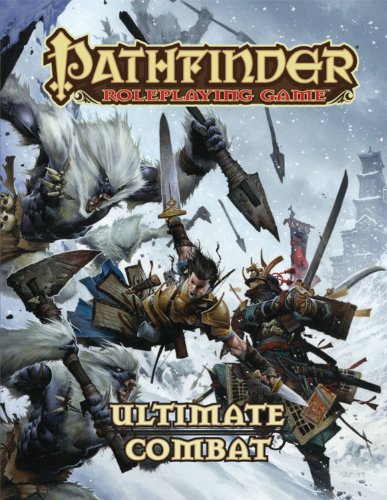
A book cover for Pathfinder Roleplaying Game: Ultimate Combat; Science Fiction & Fantasy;